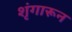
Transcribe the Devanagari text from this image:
शृंगारून